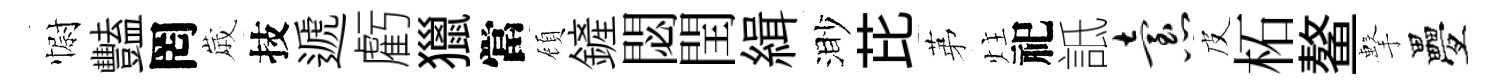
𢠢豔罔𡻕技遞虧獵當頋鏟閟閏緝渺芘苐炷祀詆怠皮柘鳌擊疊